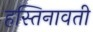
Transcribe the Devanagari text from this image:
हस्तिनावती